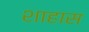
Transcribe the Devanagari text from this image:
शाहास